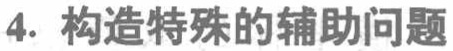
4. 构造特殊的辅助问题